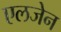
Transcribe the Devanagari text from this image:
एलजेन